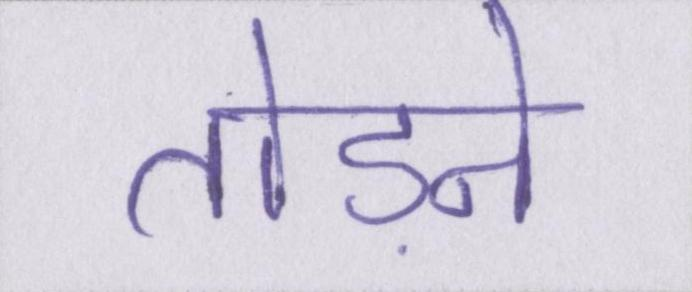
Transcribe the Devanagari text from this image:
तोड़ने